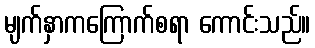
မျက်နှာကကြောက်စရာ ကောင်းသည်။